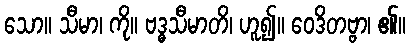
သော။ သီမာ၊ ကို။ ဗဒ္ဓသီမာတိ၊ ဟူ၍။ ဝေဒိတဗ္ဗာ၊ ၏။